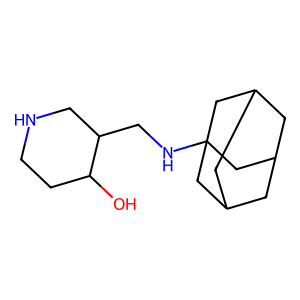
SMILES: OC1CCNCC1CNC12CC3CC(CC(C3)C1)C2
Inhibits HIV replication: No